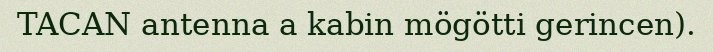
TACAN antenna a kabin mögötti gerincen).